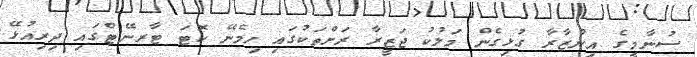
ސުނާމީގެ އިންޒާރާ ގުޅިގެން މަލުކު ޖަޒީރާ ރަށްތަކުގައި ހިމެނޭ ކޮޓަ ޓާރނޭޓްގައި ދިރިއުޅޭ